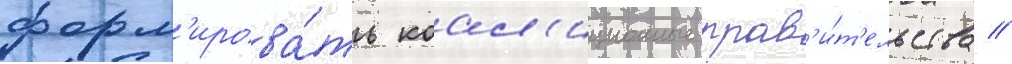
форм'ирова́ть коал'иционные прав'и́т'ельства //